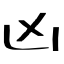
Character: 凶